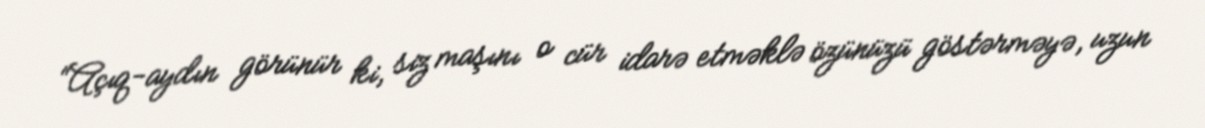
“Açıq-aydın görünür ki, siz maşını o cür idarə etməklə özünüzü göstərməyə, uzun